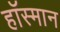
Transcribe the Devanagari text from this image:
हॉस्मान